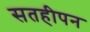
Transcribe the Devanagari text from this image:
सतहीपन